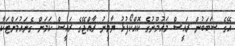
އޭގެ ސަބަބުން ރައީސް މައުމޫނުގެ ކޮއްކޯފުޅު ޔާމީނު ރާއްޖޭގެ ރައީސް ކަމަށް ގެނައުމަށްޓަކާ